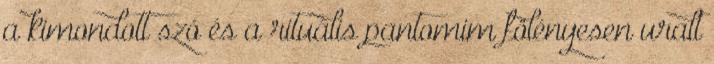
a kimondott szó és a rituális pantomim fölényesen uralt